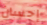
إحسان